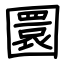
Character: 圜